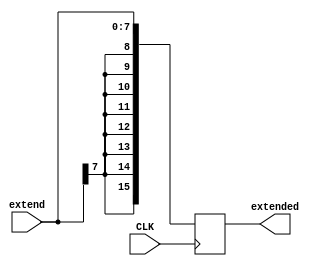
module SignExtender( CLK, extend, extended );
input[7:0] extend;
input CLK;
output[15:0] extended;

reg[15:0] extended;
wire[7:0] extend;

always @(posedge CLK)
begin
    extended[7:0] = extend[7:0];
    extended[15:8] = {8{extend[7]}};
end
endmodule